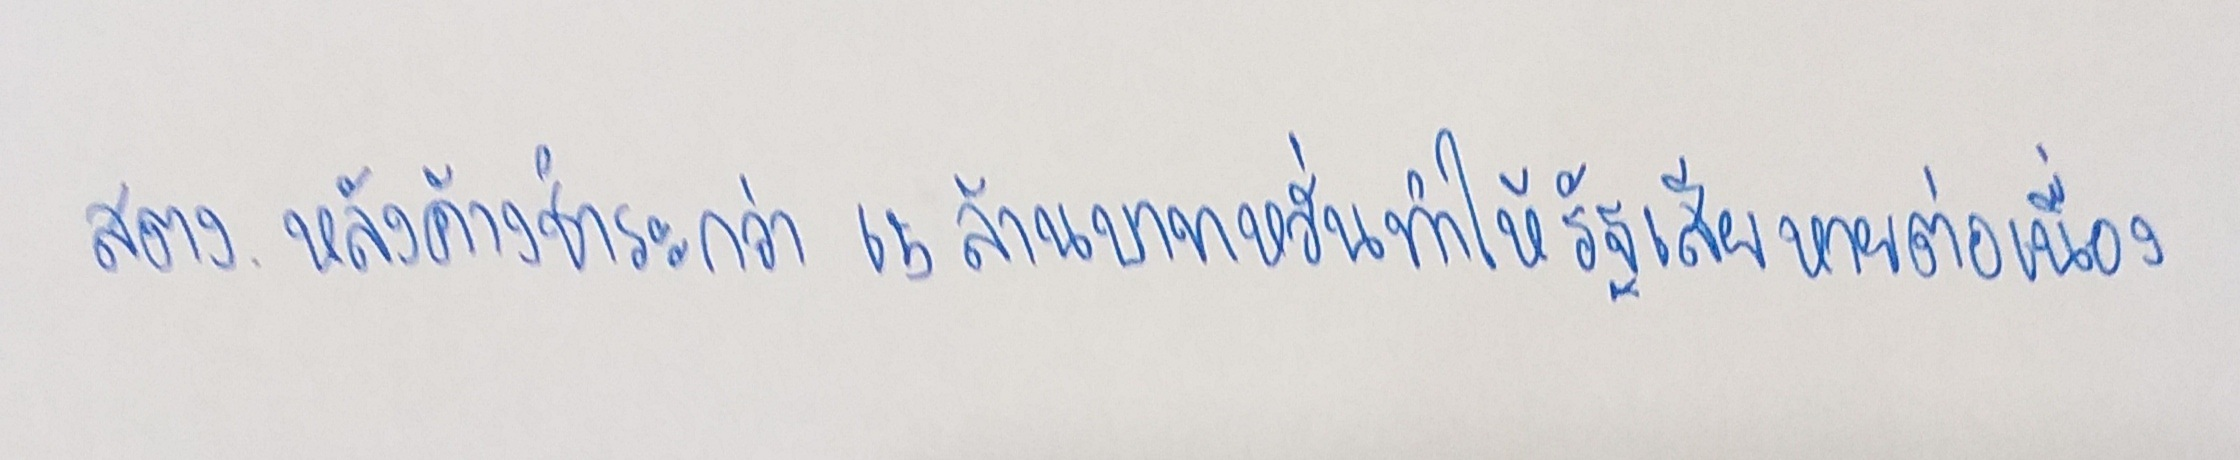
สตง.หลังค้างชำระกว่า65ล้านบาทหวั่นทำให้รัฐเสียหายต่อเนื่อง